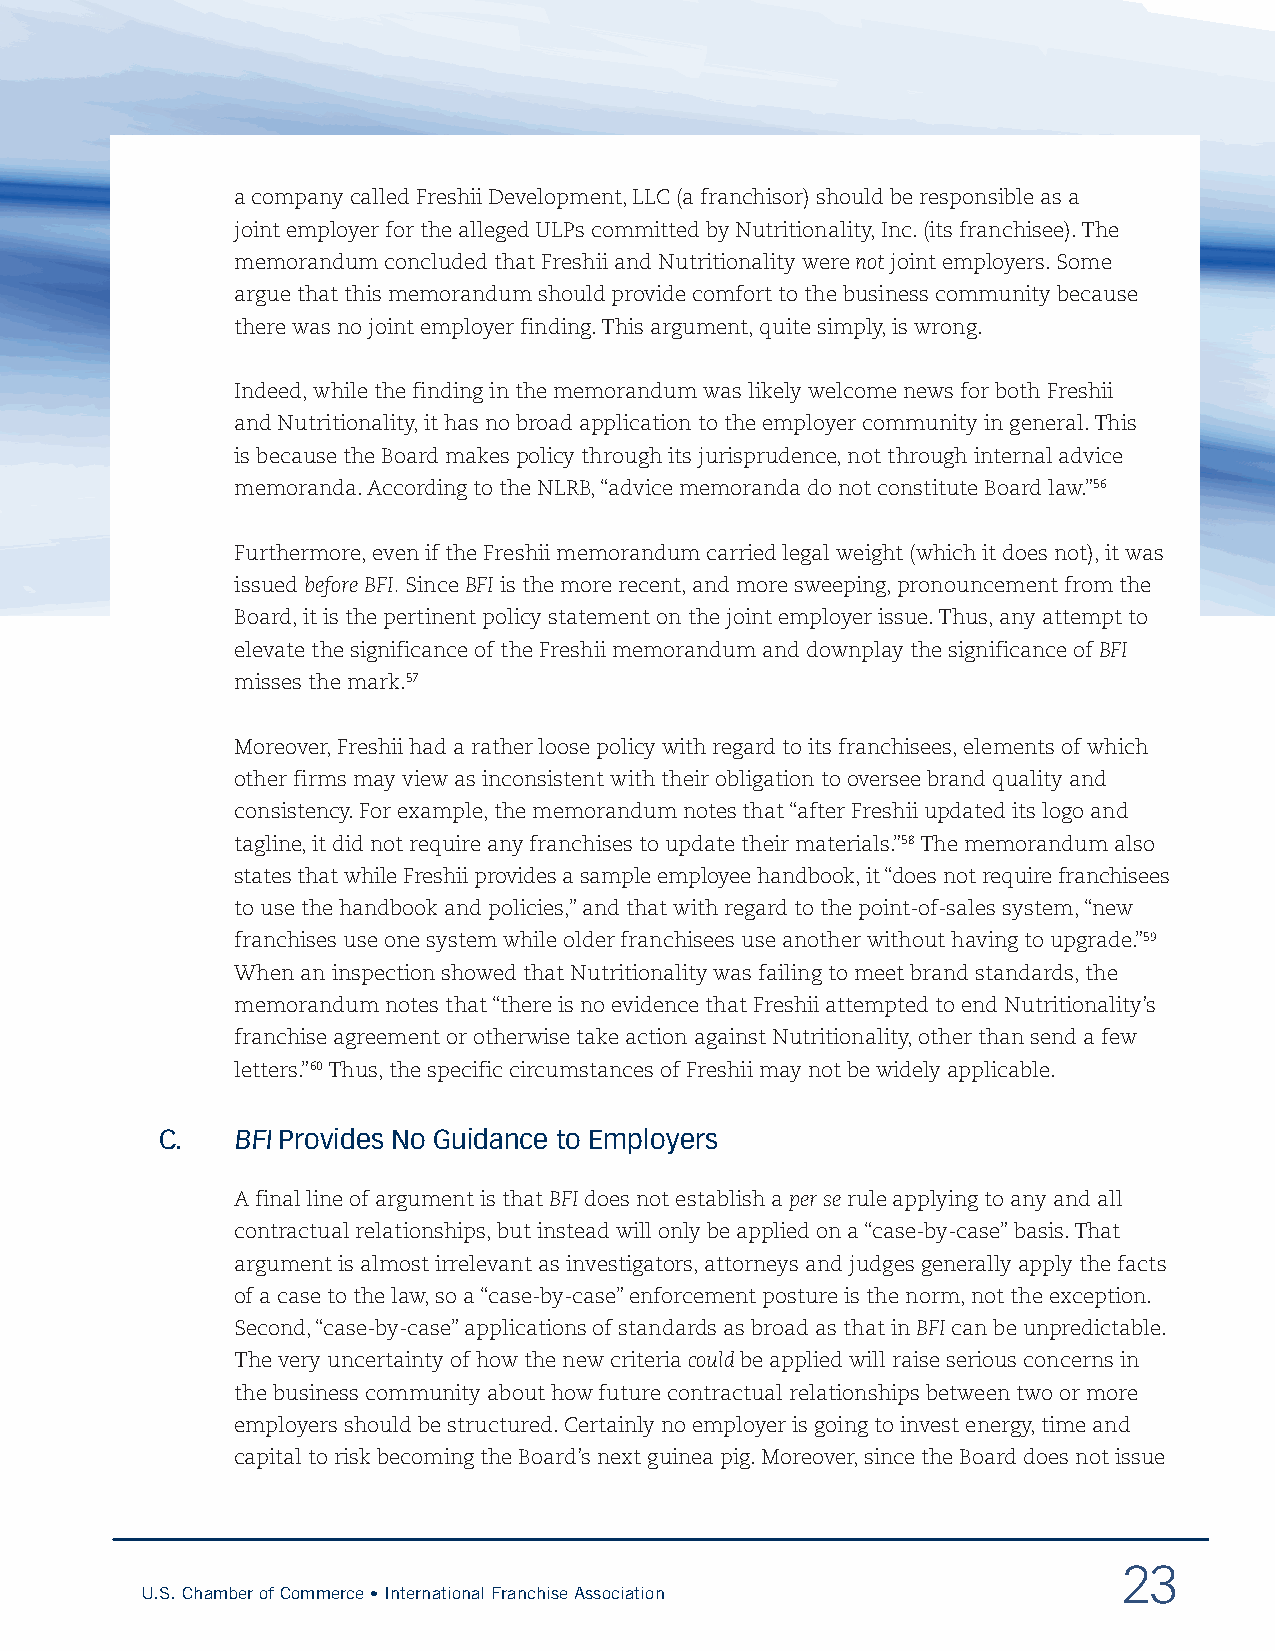
a company called Freshii Development, LLC (a franchisor) should be responsible as a
 joint employer for the alleged ULPs committed by Nutritionality, Inc. (its franchisee). The
 memorandum concluded that Freshii and Nutritionality were not joint employers. Some
 argue that this memorandum should provide comfort to the business community because
 there was no joint employer finding. This argument, quite simply, is wrong.
 Indeed, while the finding in the memorandum was likely welcome news for both Freshii
 and Nutritionality, it has no broad application to the employer community in general. This
 is because the Board makes policy through its jurisprudence, not through internal advice
 memoranda. According to the NLRB, “advice memoranda do not constitute Board law.”56
 Furthermore, even if the Freshii memorandum carried legal weight (which it does not), it was
 issued before BFI. Since BFI is the more recent, and more sweeping, pronouncement from the
 Board, it is the pertinent policy statement on the joint employer issue. Thus, any attempt to
 elevate the significance of the Freshii memorandum and downplay the significance of BFI
 misses the mark.57
 Moreover, Freshii had a rather loose policy with regard to its franchisees, elements of which
 other firms may view as inconsistent with their obligation to oversee brand quality and
 consistency. For example, the memorandum notes that “after Freshii updated its logo and
 tagline, it did not require any franchises to update their materials.”58 The memorandum also
 states that while Freshii provides a sample employee handbook, it “does not require franchisees
 to use the handbook and policies,” and that with regard to the point-of-sales system, “new
 franchises use one system while older franchisees use another without having to upgrade.”59
 When an inspection showed that Nutritionality was failing to meet brand standards, the
 memorandum notes that “there is no evidence that Freshii attempted to end Nutritionality’s
 franchise agreement or otherwise take action against Nutritionality, other than send a few
 letters.”60 Thus, the specific circumstances of Freshii may not be widely applicable.
 C.  BFI Provides No Guidance to Employers
 A final line of argument is that BFI does not establish a per se rule applying to any and all
 contractual relationships, but instead will only be applied on a “case-by-case” basis. That
 argument is almost irrelevant as investigators, attorneys and judges generally apply the facts
 of a case to the law, so a “case-by-case” enforcement posture is the norm, not the exception.
 Second, “case-by-case” applications of standards as broad as that in BFI can be unpredictable.
 The very uncertainty of how the new criteria could be applied will raise serious concerns in
 the business community about how future contractual relationships between two or more
 employers should be structured. Certainly no employer is going to invest energy, time and
 capital to risk becoming the Board’s next guinea pig. Moreover, since the Board does not issue
 23
 U.S. Chamber of Commerce • International Franchise Association